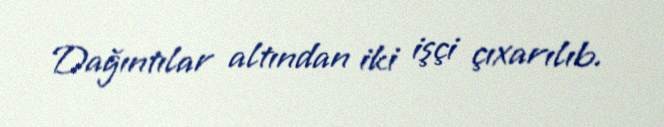
Dağıntılar altından iki işçi çıxarılıb.